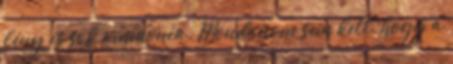
fény és sok ammónia. Mondanom sem kell, hogy a